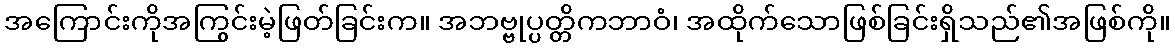
အကြောင်းကိုအကြွင်းမဲ့ဖြတ်ခြင်းက။ အဘဗ္ဗုပ္ပတ္တိကဘာဝံ၊ အထိုက်သောဖြစ်ခြင်းရှိသည်၏အဖြစ်ကို။